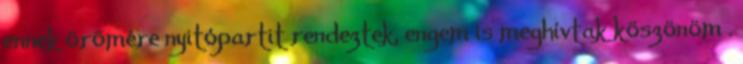
ennek örömére nyitópartit rendeztek, engem is meghívtak köszönöm .